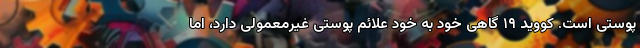
پوستی است. کووید ۱۹ گاهی خود به خود علائم پوستی غیرمعمولی دارد، اما